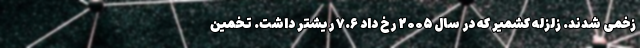
زخمی شدند. زلزله کشمیر که در سال ۲۰۰۵ رخ داد ۷.۶ ریشتر داشت. تخمین